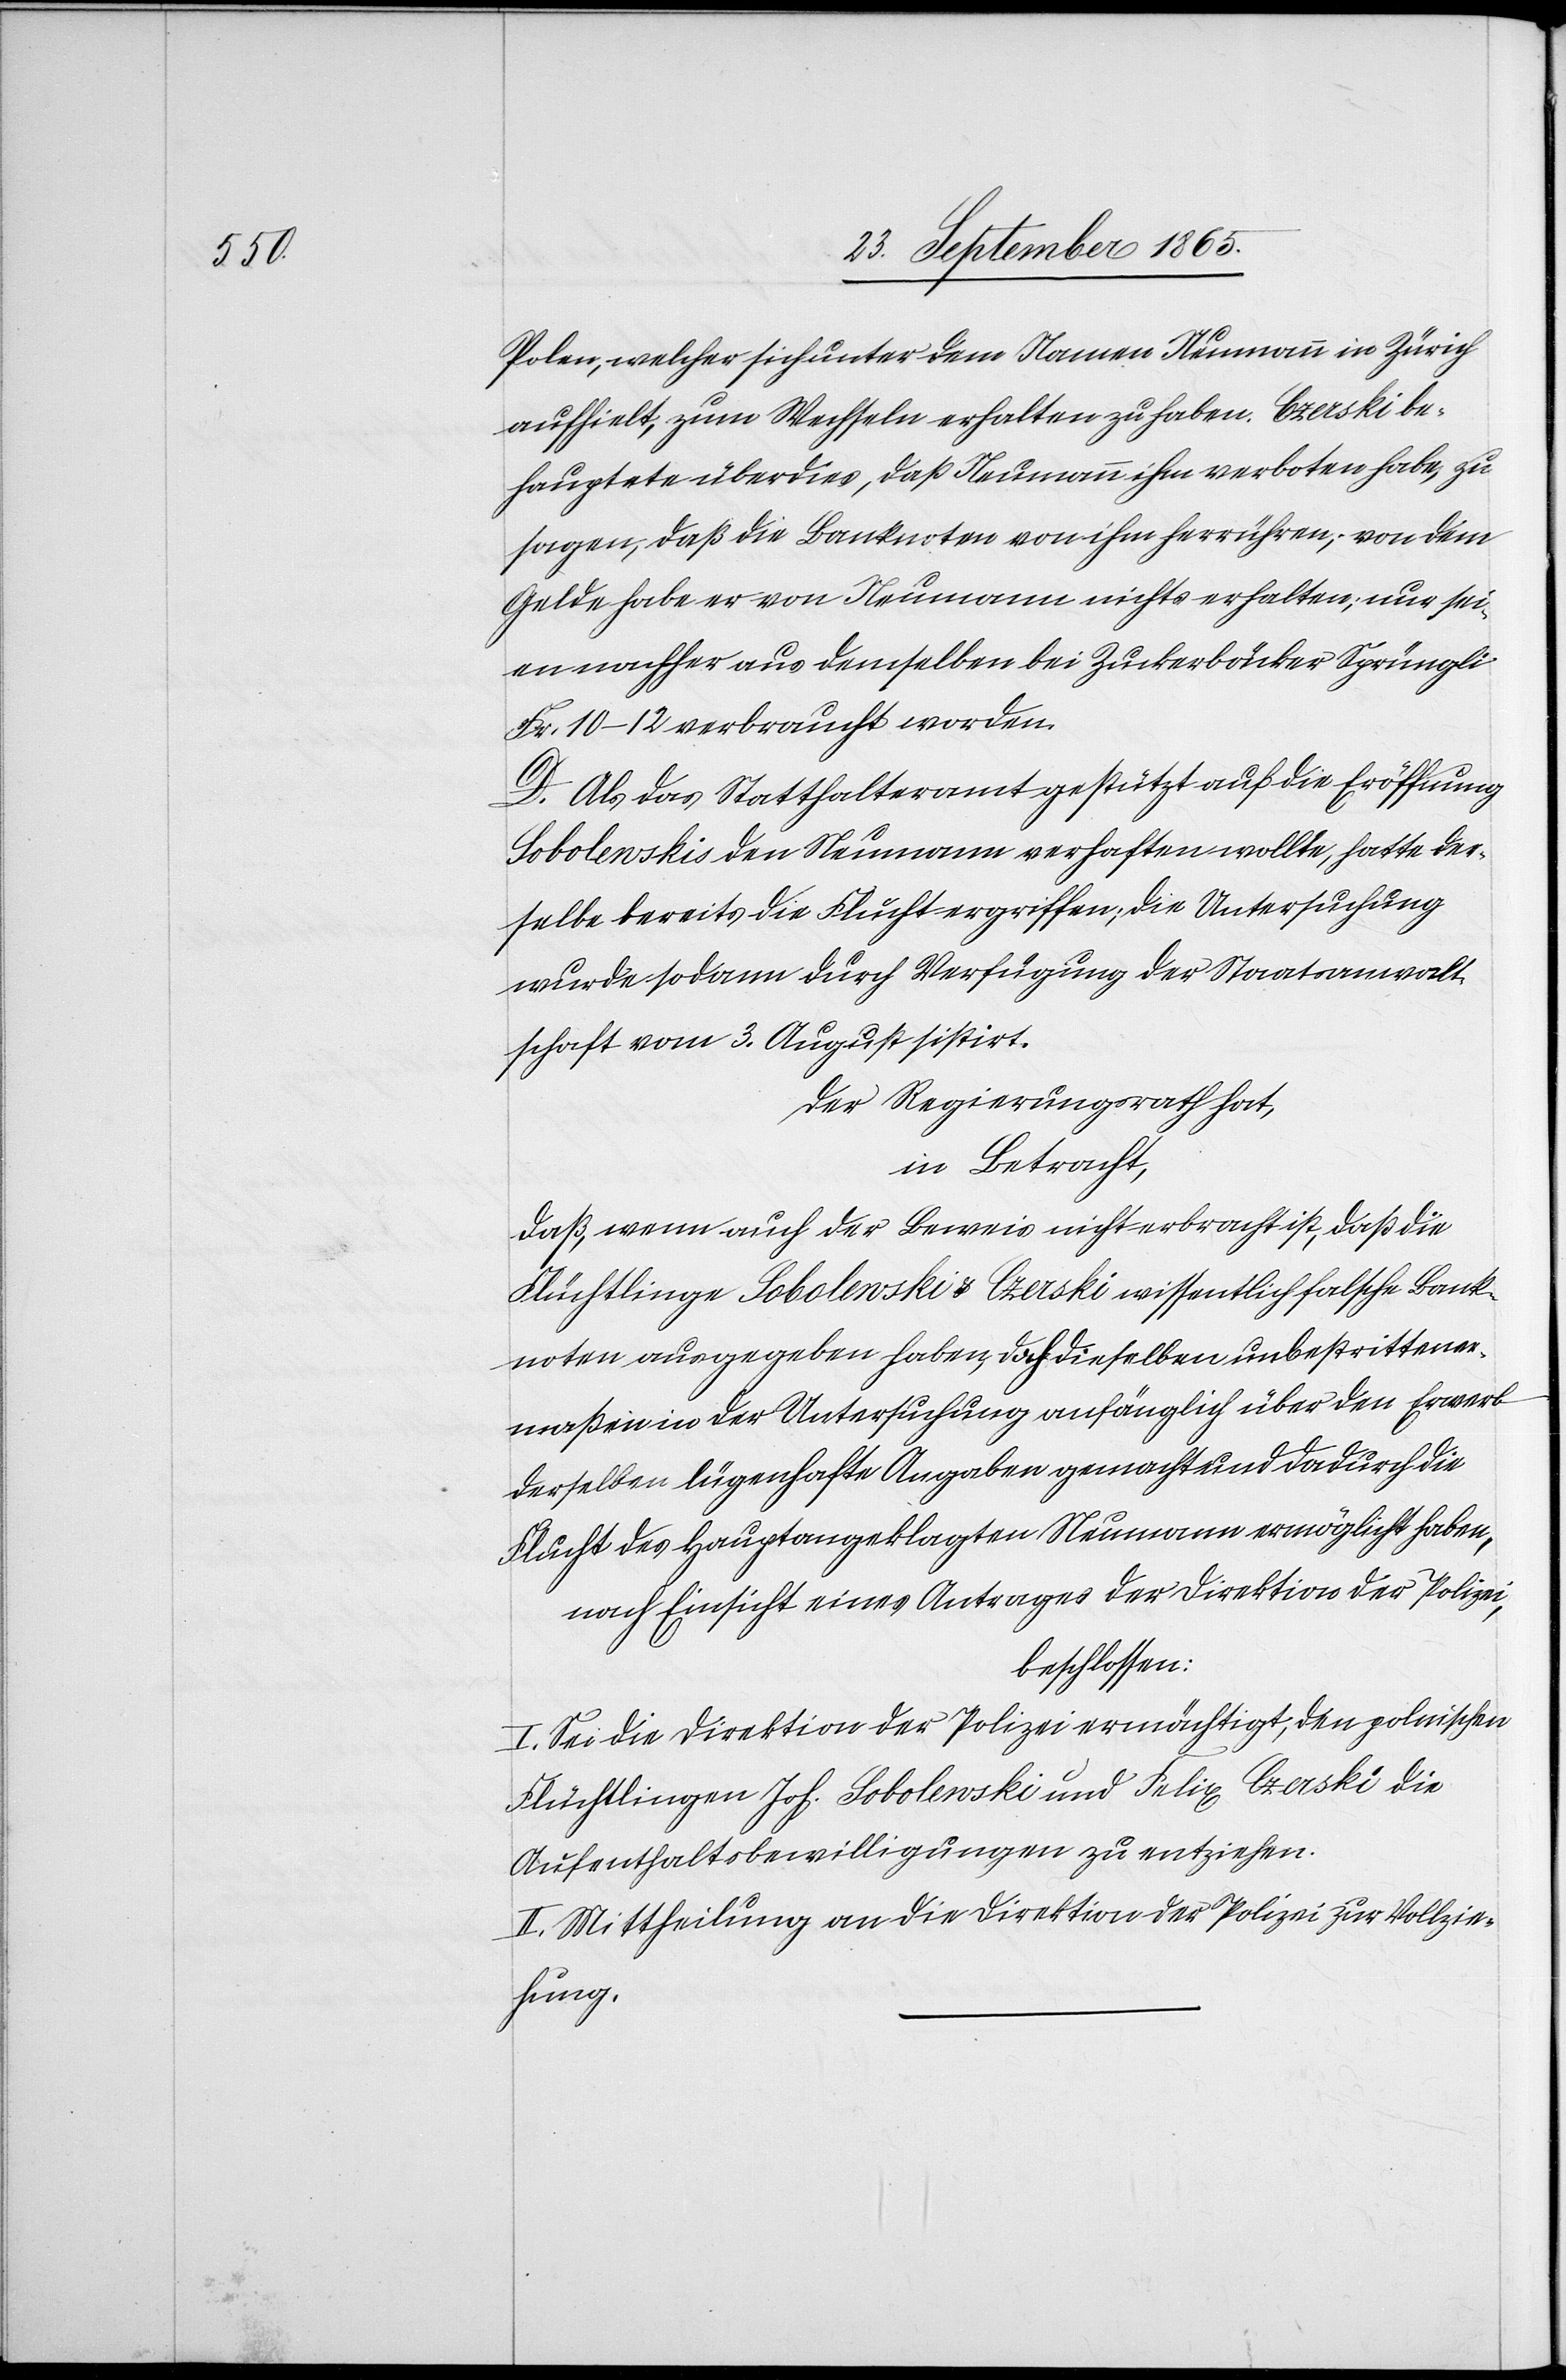
Polen, welcher sich unter dem Namen Neumann in Zürich
aufhielt, zum Wechseln erhalten zu haben. Czerski be¬
hauptete überdies, daß Neumann ihm verboten habe, zu
sagen, daß die Banknoten von ihm herrühren; von dem
Gelde habe er von Neumann nichts erhalten; nur sei¬
en nachher aus demselben bei Zuckerbäcker Sprüngli
Fr. 10–12 verbraucht worden.
D. Als das Statthalteramt gestützt auf die Eröffnung
Sobolewskis den Neumann verhaften wollte, hatte der¬
selbe bereits die Flucht ergriffen; die Untersuchung
wurde sodann durch Verfügung der Staatsanwalt¬
schaft vom 3. August sistirt.
Der Regierungsrath hat,
in Betracht,
daß, wenn auch der Beweis nicht erbracht ist, daß die
Flüchtlinge Sobolewski u. Czerski wissentlich falsche Bank¬
noten ausgegeben haben, doch dieselben unbestrittener¬
maßen in der Untersuchung anfänglich über den Erwerb
derselben lügenhafte Angaben gemacht und dadurch die
Flucht des Hauptangeklagten Neumann ermöglicht haben,
nach Einsicht eines Antrages der Direktion der Polizei,
beschlossen:
I. Sei die Direktion der Polizei ermächtigt, den polnischen
Flüchtlingen Joh. Sobolewski und Felix Czerski die
Aufenthaltsbewilligungen zu entziehen.
II. Mittheilung an die Direktion der Polizei zur Vollzie¬
hung.